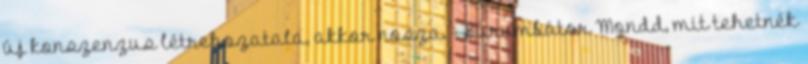
új konszenzus létrehozatala, akkor nosza. --Burumbátor Mondd, mit tehetnék